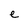
Character: e